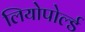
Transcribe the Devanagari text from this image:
लियोपोर्ल्ड